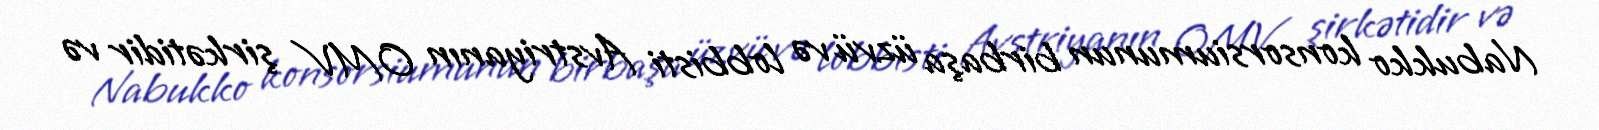
Nabukko konsorsiumunun birbaşa üzvü və lobbisti Avstriyanın OMV şirkətidir və